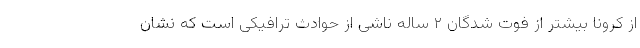
از کرونا بیشتر از فوت شدگان ۲ ساله ناشی از حوادث ترافیکی است که نشان